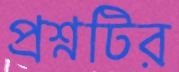
প্রশ্নটির